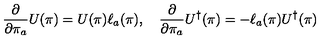
\frac { \partial } { \partial \pi _ { a } } U ( \pi ) = U ( \pi ) \ell _ { a } ( \pi ) , \quad \frac { \partial } { \partial \pi _ { a } } U ^ { \dagger } ( \pi ) = - \ell _ { a } ( \pi ) U ^ { \dagger } ( \pi )